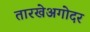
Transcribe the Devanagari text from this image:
तारखेअगोदर